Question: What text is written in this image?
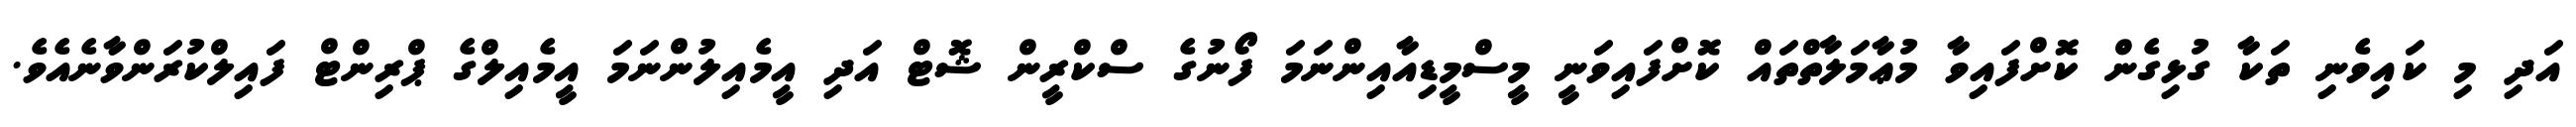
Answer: އަދި މި ކައިވެނި ތަކާ ގުޅިގެން ކޮށްފައިވާ މުޢާމަލާތްތައް ކޮށްފައިވަނީ މީސްމީޑިއާއިންނަމަ ފޯނުގެ ސްކްރީން ޝޮޓް އަދި އީމެއިލުންނަމަ އީމެއިލްގެ ޕްރިންޓް ފައިލްކުރަންވާނެއެވެ.